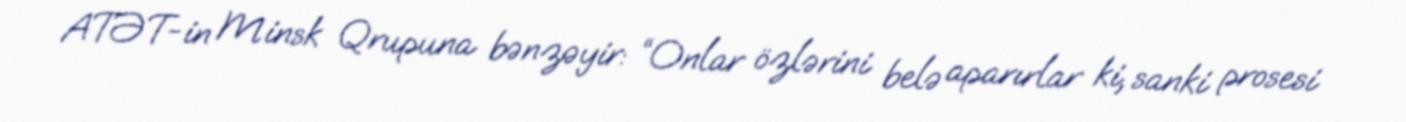
ATƏT-in Minsk Qrupuna bənzəyir: “Onlar özlərini belə aparırlar ki, sanki prosesi